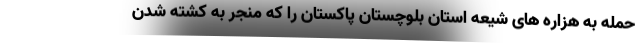
حمله به هزاره های شیعه استان بلوچستان پاکستان را که منجر به کشته شدن